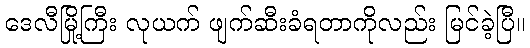
ဒေလီမြို့ကြီး လုယက် ဖျက်ဆီးခံရတာကိုလည်း မြင်ခဲ့ပြီ။